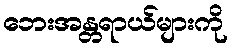
ဘေးအန္တရာယ်များကို